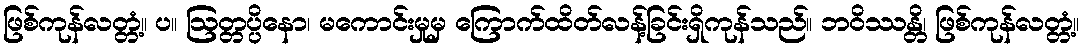
ဖြစ်ကုန်လတ္တံ့။ ပ။ ဩတ္တပ္ပိနော၊ မကောင်းမှုမှ ကြောက်ထိတ်လန့်ခြင်းရှိကုန်သည်။ ဘဝိဿန္တိ၊ ဖြစ်ကုန်လတ္တံ့။